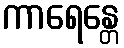
ကာရေန္တေ